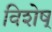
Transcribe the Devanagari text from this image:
विशेष्